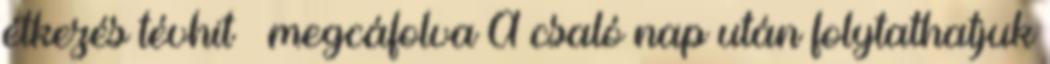
étkezés tévhit – megcáfolva A csaló nap után folytathatjuk